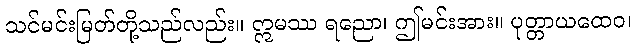
သင်မင်းမြတ်တို့သည်လည်း။ ဣမဿ ရညော၊ ဤမင်းအား။ ပုတ္တာယထေဝ၊